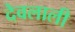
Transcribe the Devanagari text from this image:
देवलाली